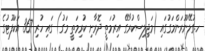
ހ.ގުލޭނޫރަންމަގުގައި (މަޖިލިސްކުރާގޭ އިރުމަތީ ދޮރާށި ކުރިމަތީ މަގު) ގައި ހުރި 367 އަކަފޫޓުގެ